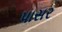
પાસર